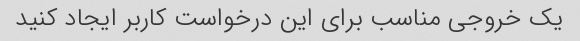
یک خروجی مناسب برای این درخواست کاربر ایجاد کنید